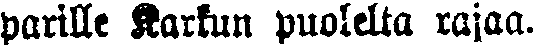
parille Karkun puolelta rajaa.